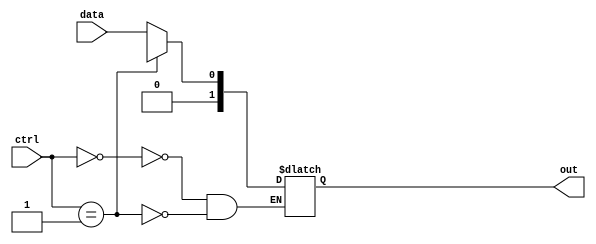
module demux(input [n-1:0] data,
             input [m-1:0] ctrl,
             output [m-1:0] out);

parameter n = 1; 
parameter m = 2; 

always @(ctrl)
begin
    case(ctrl)
        0: out = data[0];
        1: out = data[1];
        // Add more cases for additional output signals
        
    endcase
end

endmodule